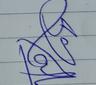
Signature authenticity: genuine